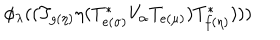
LaTeX: \phi _ { \lambda } ( ( T _ { g ( \eta ) } \eta ( T _ { e ( \sigma ) } ^ { * } V _ { \alpha } T _ { e ( \mu ) } ) T _ { f ( \eta ) } ^ { * } ) ) )